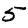
Digit: 5